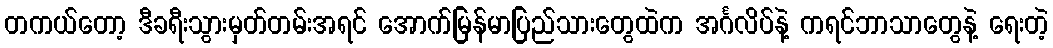
တကယ်တော့ ဒီခရီးသွားမှတ်တမ်းအရင် အောက်မြန်မာပြည်သားတွေထဲက အင်္ဂလိပ်နဲ့ ကရင်ဘာသာတွေနဲ့ ရေးတဲ့